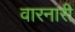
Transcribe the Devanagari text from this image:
वारनारी